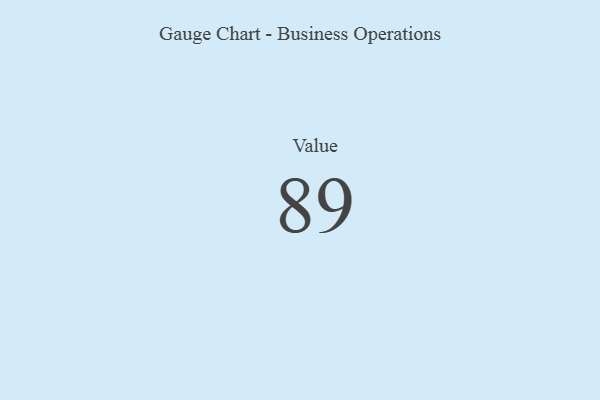
{"axis": {"x": "Metric", "y": "Value"}, "legend": [""], "data": [{"x": "Value", "y": 89, "type": ""}]}